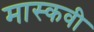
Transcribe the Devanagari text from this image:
मास्कवी